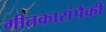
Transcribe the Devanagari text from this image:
गीतकारांपैकी